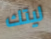
ليتك